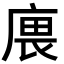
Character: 𢉝